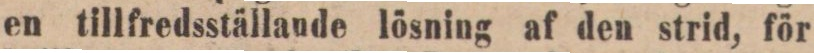
en tillfredsställande lösning af den strid, för